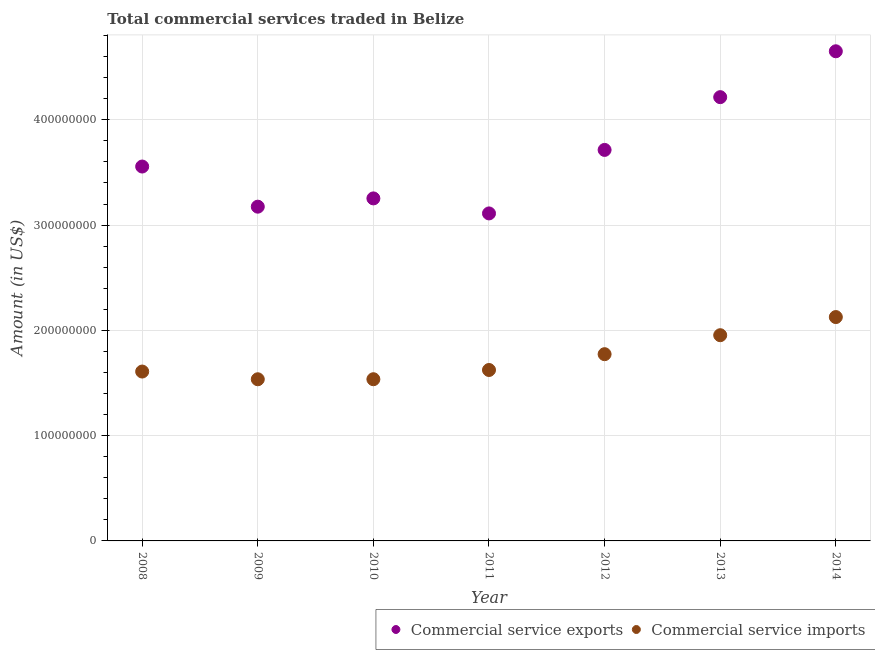
| Year | Commercial service exports | Commercial service imports |
 | --- | --- | --- |
 | 2008 | 3.56e+08 | 1.61e+08 |
 | 2009 | 3.17e+08 | 1.54e+08 |
 | 2010 | 3.25e+08 | 1.54e+08 |
 | 2011 | 3.11e+08 | 1.62e+08 |
 | 2012 | 3.71e+08 | 1.77e+08 |
 | 2013 | 4.21e+08 | 1.95e+08 |
 | 2014 | 4.65e+08 | 2.13e+08 |